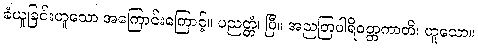
ခံယူခြင်းဟူသော အကြောင်းကြောင့်။ ပညတ္တံ၊ ပြီ။ အညတြပါရိဝတ္တကာတိ၊ ဟူသော။